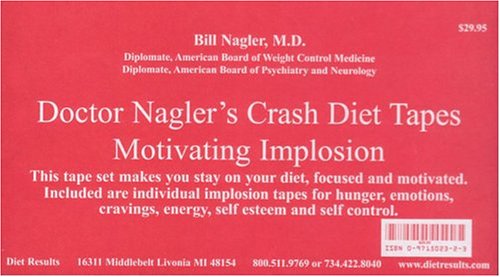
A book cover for Doctor Nagler's Crash Diet Tapes: Motivating Implosion (Deluxe Box Set); Bill Nagler; Health, Fitness & Dieting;